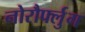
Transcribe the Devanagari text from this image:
नोरौर्फ्लुग